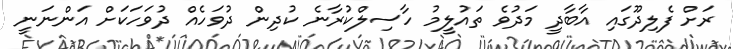
ރަށް ފެލިދޫގައި އާބާދީ މަދުވެ ތައުލީމު ހާސިލްކުރާނެ ކުދިން ދުވަހެއް ދުވަހަކަށް އަންނަނީ